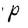
Character: P